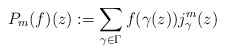
\begin{align*}P_m(f)(z):=\sum_{\gamma\in\Gamma} f(\gamma(z))j^m_\gamma(z)\end{align*}